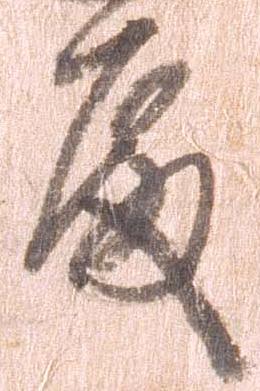
殿